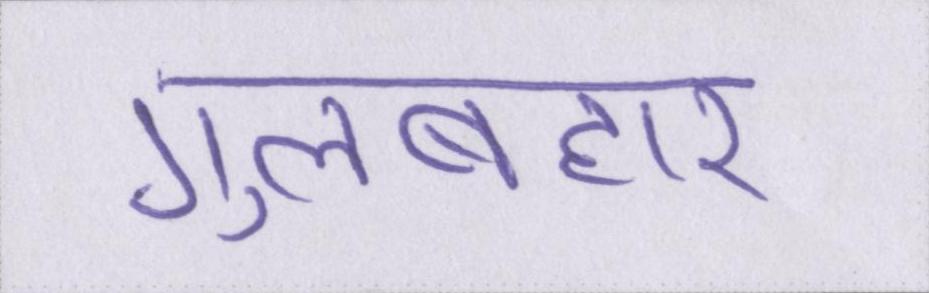
गुलबहार